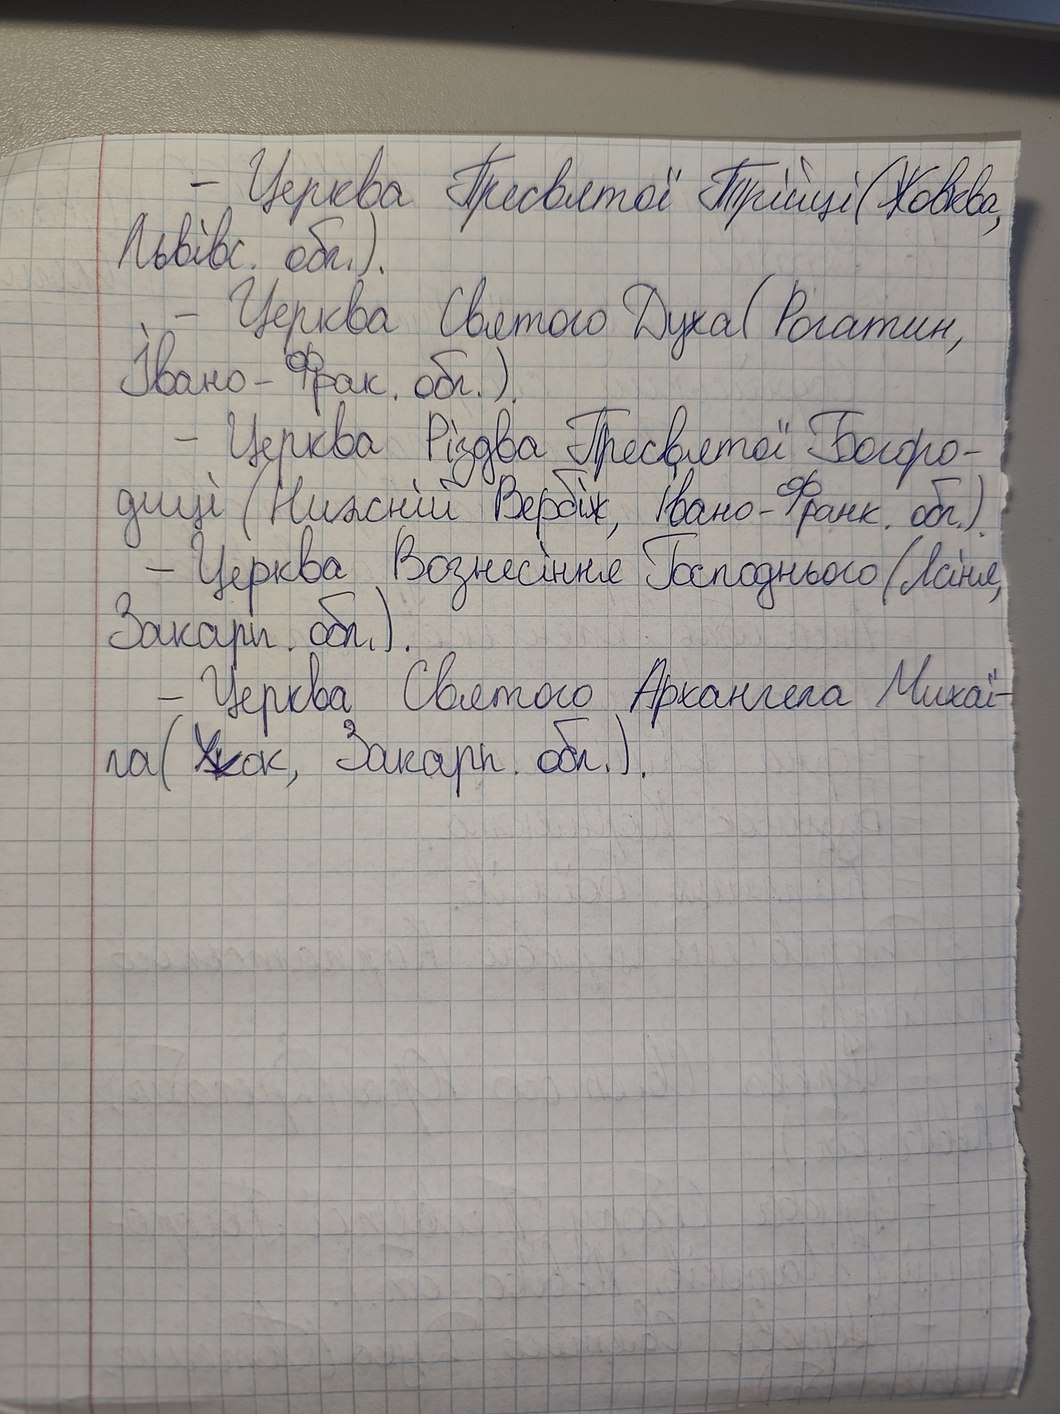
- Церква Пресвятої Трійці (Жовква,
Львівс. обл.).
- Церква Святого Духа (Рогатин,
Івано - Фрак. обл.).
- Церква Різдва Пресвятої Богоро-
диції (Нижній Вербіж, Івано-Франк. обл.).
- Церква Вознесіння Господнього (Ясіня,
Закарп. обл).
- Церква Святого Архангела Михаї-
ла (Ужок, Закарп. обл.).